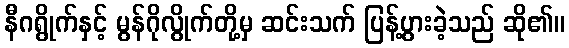
နီဂရွိုက်နှင့် မွန်ဂိုလွိုက်တို့မှ ဆင်းသက် ပြန့်ပွားခဲ့သည် ဆို၏။